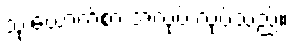
သုံးယောက်စာ အလုပ် လုပ်သည်။